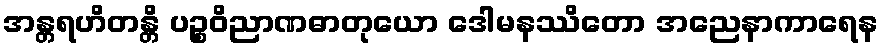
အန္တရဟိတန္တိ ပဉ္စဝိညာဏဓာတုယော ဒေါမနဿိတော အညေနာကာရေန